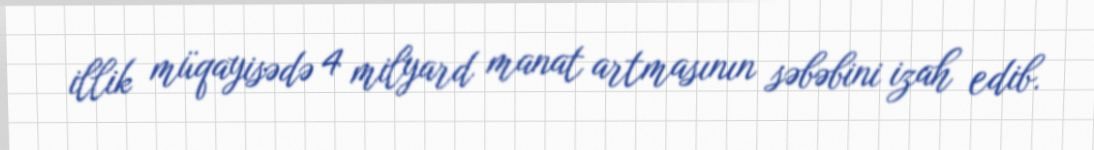
illik müqayisədə 4 milyard manat artmasının səbəbini izah edib.